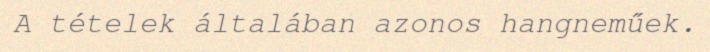
A tételek általában azonos hangneműek.